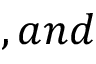
, a n d